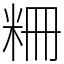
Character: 粣